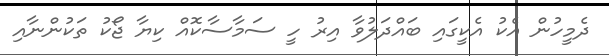
ދެމީހުން އެކު އެކީގައި ބައްދަލުވާ އިރު ހީ ސަމާސާކޮއް ކިޔާ ޖޯކު ތަކުންނާއި